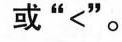
或“<”